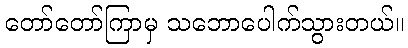
တော်တော်ကြာမှ သဘောပေါက်သွားတယ်။